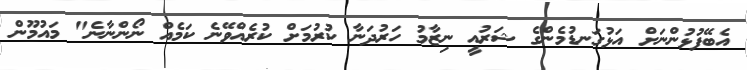
އެބޭފުޅުންނަށް އަޅުގަނޑުމެންގެ ޝަރުއީ ނިޒާމު ހަރުދަނާ ކުރުމަށް ކުރެެއްވޭނެ ކަމެއް ނޯންނާނެ" މައުމޫން